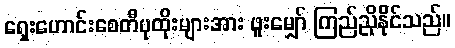
ရှေးဟောင်းစေတီပုထိုးများအား ဖူးမျှော် ကြည်ညိုနိုင်သည်။